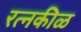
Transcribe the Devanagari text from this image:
रत्नकीळ